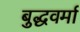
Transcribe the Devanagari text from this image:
बुद्धवर्मा